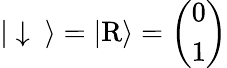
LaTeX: \begin{array}{r}{|\downarrow\ \rangle=|\mathrm{R}\rangle=\left(\begin{array}{c}{0}\\ {1}\end{array}\right)}\end{array}